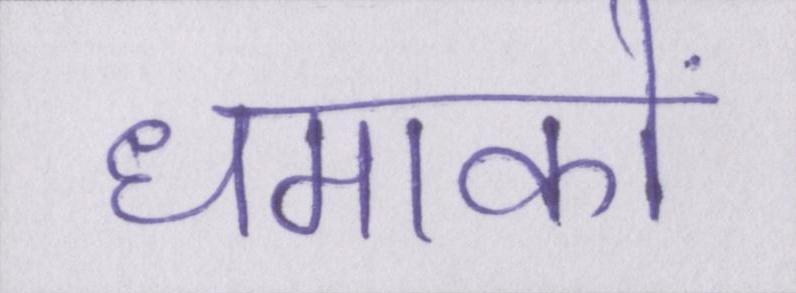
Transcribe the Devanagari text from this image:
धमाकों